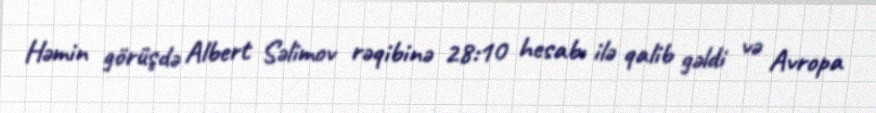
Həmin görüşdə Albert Səlimov rəqibinə 28:10 hesabı ilə qalib gəldi və Avropa